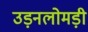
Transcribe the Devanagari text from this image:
उड़नलोमड़ी